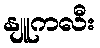
နျူကလီး